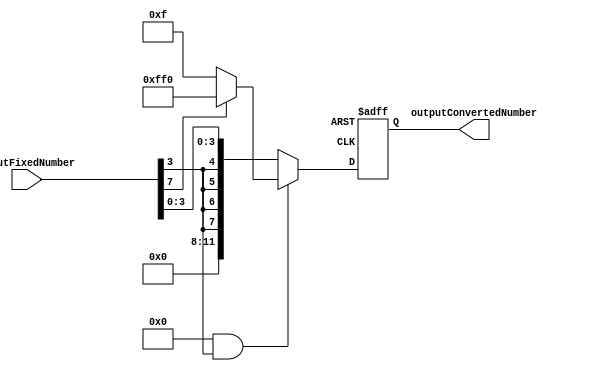
module FixedPointConverter (
  input wire [N-1:0] inputFixedNumber,
  output reg [M-1:0] outputConvertedNumber
);

// Parameters
parameter N = 8; // number of bits of the input fixed-point number
parameter M = 12; // number of bits of the output converted number
parameter roundingMode = 0; // 0 for round down, 1 for round up
parameter overflowHandling = 0; // 0 for saturate, 1 for wrap around
parameter integerBits = 4; // number of bits for integer part
parameter fractionalBits = 4; // number of bits for fractional part

// Internal signals
reg signed [N-1:0] inputFixedNumberSigned;
reg signed [M-1:0] outputConvertedNumberSigned;
reg signed [N-1:0] inputFixedNumberShifted;

// Conversion logic
always @(*) begin
  inputFixedNumberSigned = $signed(inputFixedNumber);
  inputFixedNumberShifted = inputFixedNumberSigned << fractionalBits;
  
  outputConvertedNumberSigned = inputFixedNumberShifted >> fractionalBits;
  
  // Rounding logic
  if (roundingMode && inputFixedNumberSigned[fractionalBits-1]) begin
    outputConvertedNumberSigned = outputConvertedNumberSigned + 1;
  end
  
  // Overflow handling
  if (overflowHandling && (|inputFixedNumberShifted[N-1:integerBits+fractionalBits-1])) begin
    if (inputFixedNumberSigned[N-1]) begin
      outputConvertedNumberSigned = -((1 << integerBits) - 1) - 1;
    end else begin
      outputConvertedNumberSigned = (1 << integerBits) - 1;
    end
  end
end

always @(posedge clk or posedge rst) begin
  if (rst) begin
    outputConvertedNumber <= 0;
  end else begin
    outputConvertedNumber <= outputConvertedNumberSigned;
  end
end

endmodule